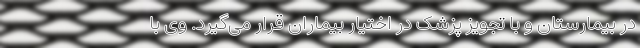
در بیمارستان و با تجویز پزشک در اختیار بیماران قرار می‌گیرد. وی با